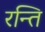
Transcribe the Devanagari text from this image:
रन्ति